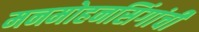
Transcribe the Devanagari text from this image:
मनमोहनसिंगांची